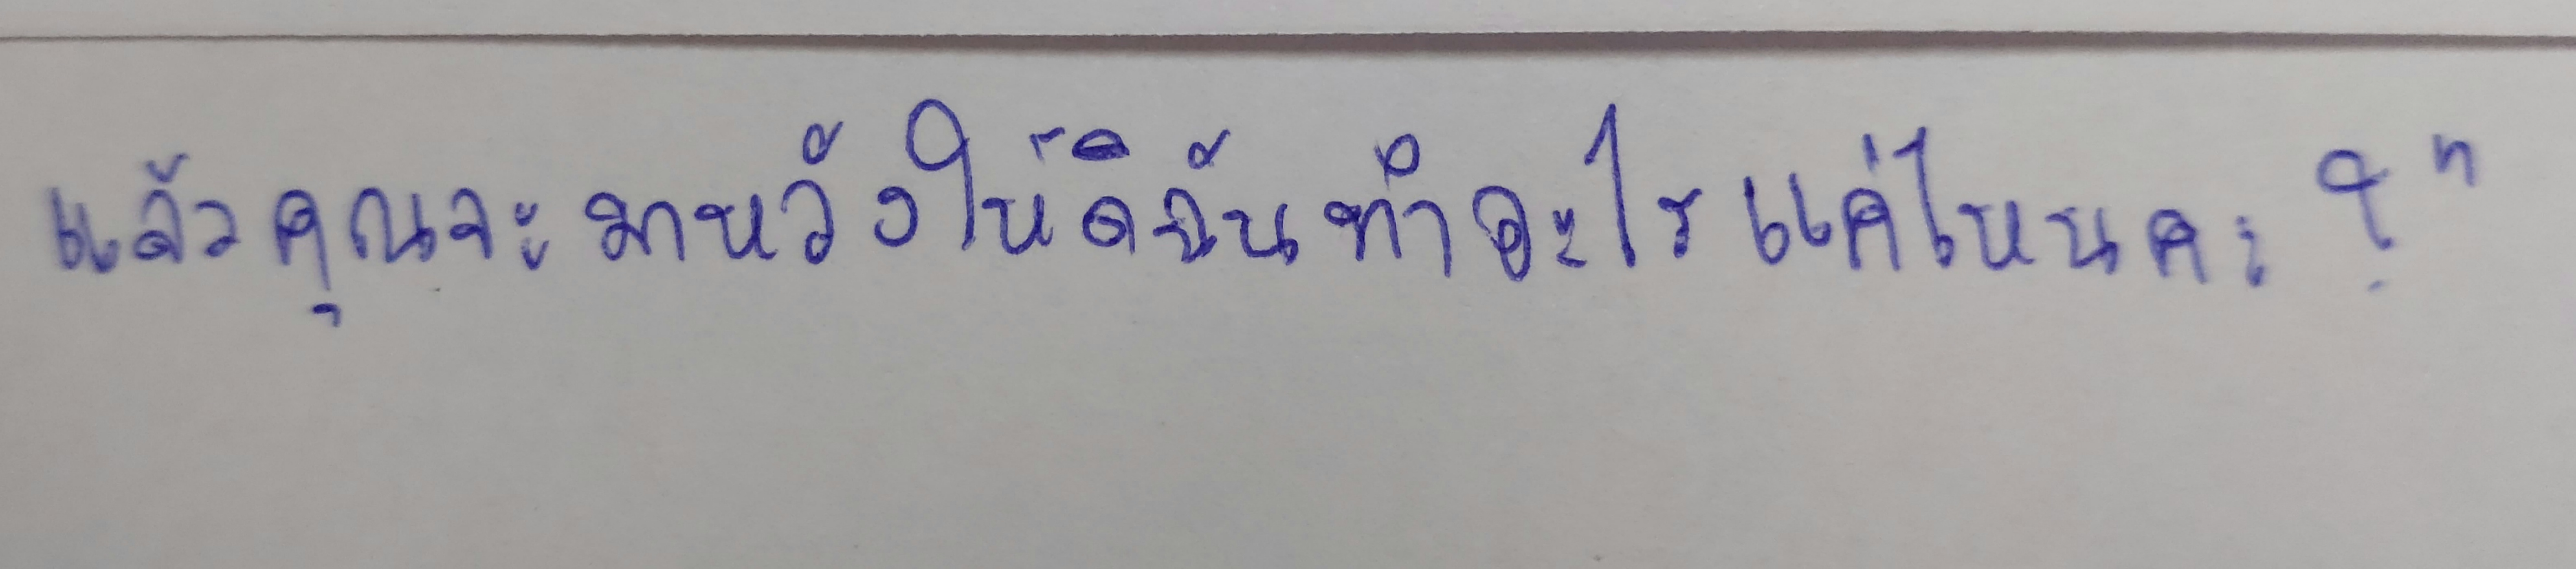
แล้วคุณจะมาหวังให้ดิฉันทำอะไรแค่ไหนคะ?"